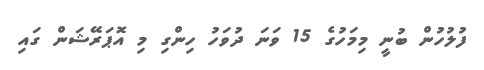
ފުލުހުން ބުނީ މިމަހުގެ 15 ވަނަ ދުވަހު ހިންގި މި އޮޕަރޭޝަން ގައި